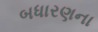
બધારણના